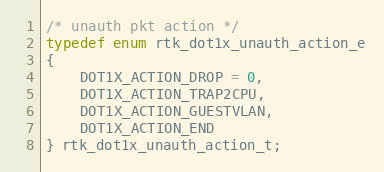
Language: C
/* unauth pkt action */
typedef enum rtk_dot1x_unauth_action_e
{
    DOT1X_ACTION_DROP = 0,
    DOT1X_ACTION_TRAP2CPU,
    DOT1X_ACTION_GUESTVLAN,
    DOT1X_ACTION_END
} rtk_dot1x_unauth_action_t;